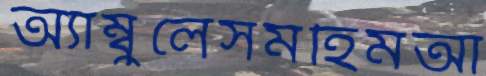
অ্যাম্বুলেসমহিমআ